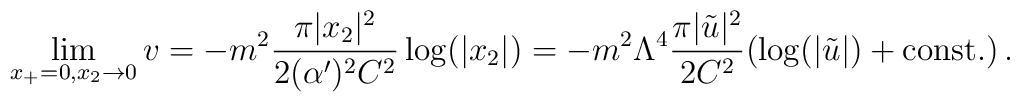
\lim_{x_+=0,x_2\rightarrow 0} v=-m^2{\pi |x_2|^2\over 2 (\alpha')^2 C^2} \log(|x_2|)= -m^2\Lambda^4  {\pi |\tilde u|^2\over 2 C^2} (\log(|\tilde u|)+{\rm const.} ) \, .